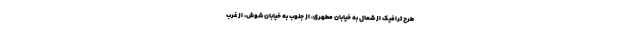
طرح ترافیک از شمال به خیابان مطهری، از جنوب به خیابان شوش، از غرب